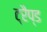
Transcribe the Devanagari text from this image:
ट्रैप्ड